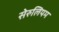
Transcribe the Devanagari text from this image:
सेरुलियम